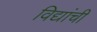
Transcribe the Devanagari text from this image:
विद्यांची